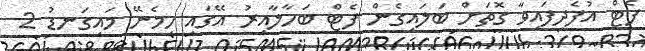
ފެޓް އުފެދިފައިވާ ގޮތަށް ބަލައިގެން ފެޓް ބަހާލާއިރު އޭގައި ހިމެނޭ މައިގަނޑު 2